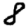
Digit: 8